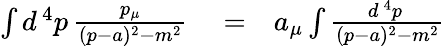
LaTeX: \begin{array}{rlr}{\int d^{\, 4}p\, {\frac{p_{\mu}}{(p-a)^{2}-m^{2}}}}&{{}=}&{a_{\mu}\int{\frac{d^{\, 4}p\, }{(p-a)^{2}-m^{2}}}}\end{array}